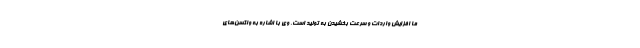
ما افزایش واردات و سرعت بخشیدن به تولید است. وی با اشاره به واکسن‌های